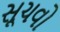
સૂચવો